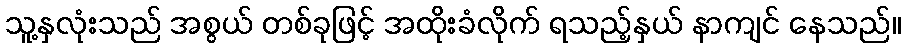
သူ့နှလုံးသည် အစွယ် တစ်ခုဖြင့် အထိုးခံလိုက် ရသည့်နှယ် နာကျင် နေသည်။